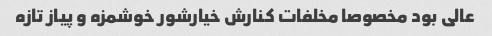
عالی بود مخصوصا مخلفات کنارش خیارشور خوشمزه و پیاز تازه